Civil Veterinary Department Bihar reports 1940-50 - 1940-1950
Year: 1940
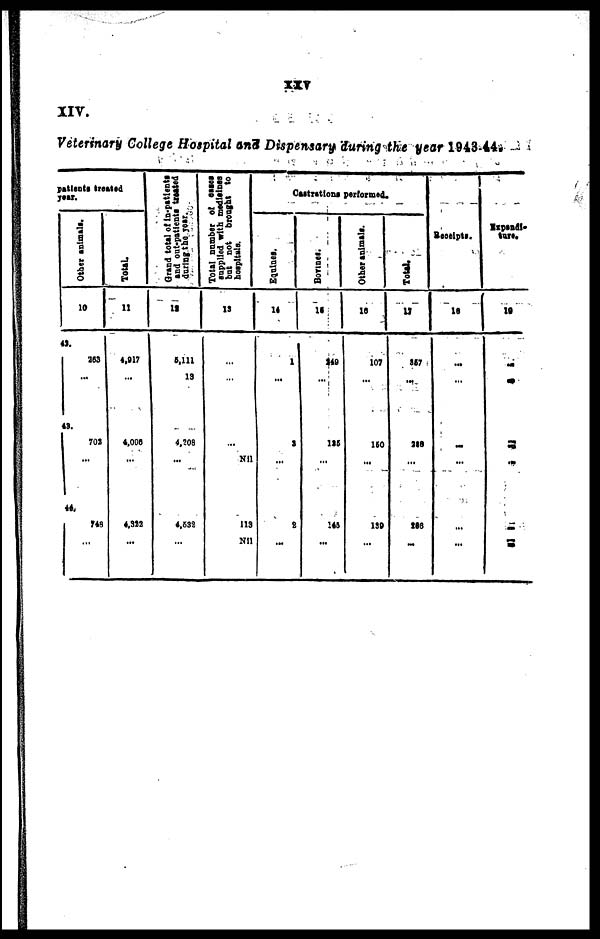
XXV
XIV.
Veterinary College Hospital and Dispensary during the year 1943-44.
patients treated
year.
Other animals.
10
42.
263
...
43.
702
...
44.
748
...
Total.
11
4,917
...
4,000
...
4,322
...
Grand total
of in-patients
and out-patients treated
during
the year.
12
5,111
13
4,208
...
4,532
...
Total number of cases
supplied with medicines
but not brought to
hospitals.
13
...
...
...
Nil
113
Nil
Castrations performed.
Equines.
14
1
...
3
...
2
...
Bovines.
15
249
...
135
...
145
...
Other animals.
16
107
...
150
...
139
...
Total.
17
867
...
289
...
206
...
Receipts.
18
...
...
...
...
...
...
Expendi-
ture.
19
... ...
... ...
... ...